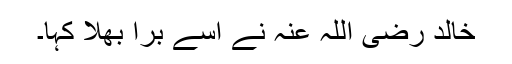
خالد رضی اللہ عنہ نے اسے برا بھلا کہا۔